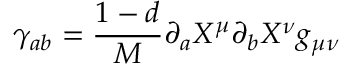
\gamma _ { a b } = \frac { 1 - d } { M } \partial _ { a } X ^ { \mu } \partial _ { b } X ^ { \nu } g _ { \mu \nu }